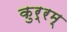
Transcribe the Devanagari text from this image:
कुर्रम्